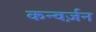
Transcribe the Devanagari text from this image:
कन्वर्ज़न